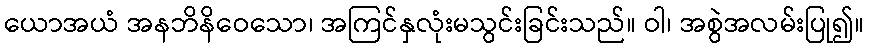
ယောအယံ အနဘိနိဝေသော၊ အကြင်နှလုံးမသွင်းခြင်းသည်။ ဝါ၊ အစွဲအလမ်းပြု၍။